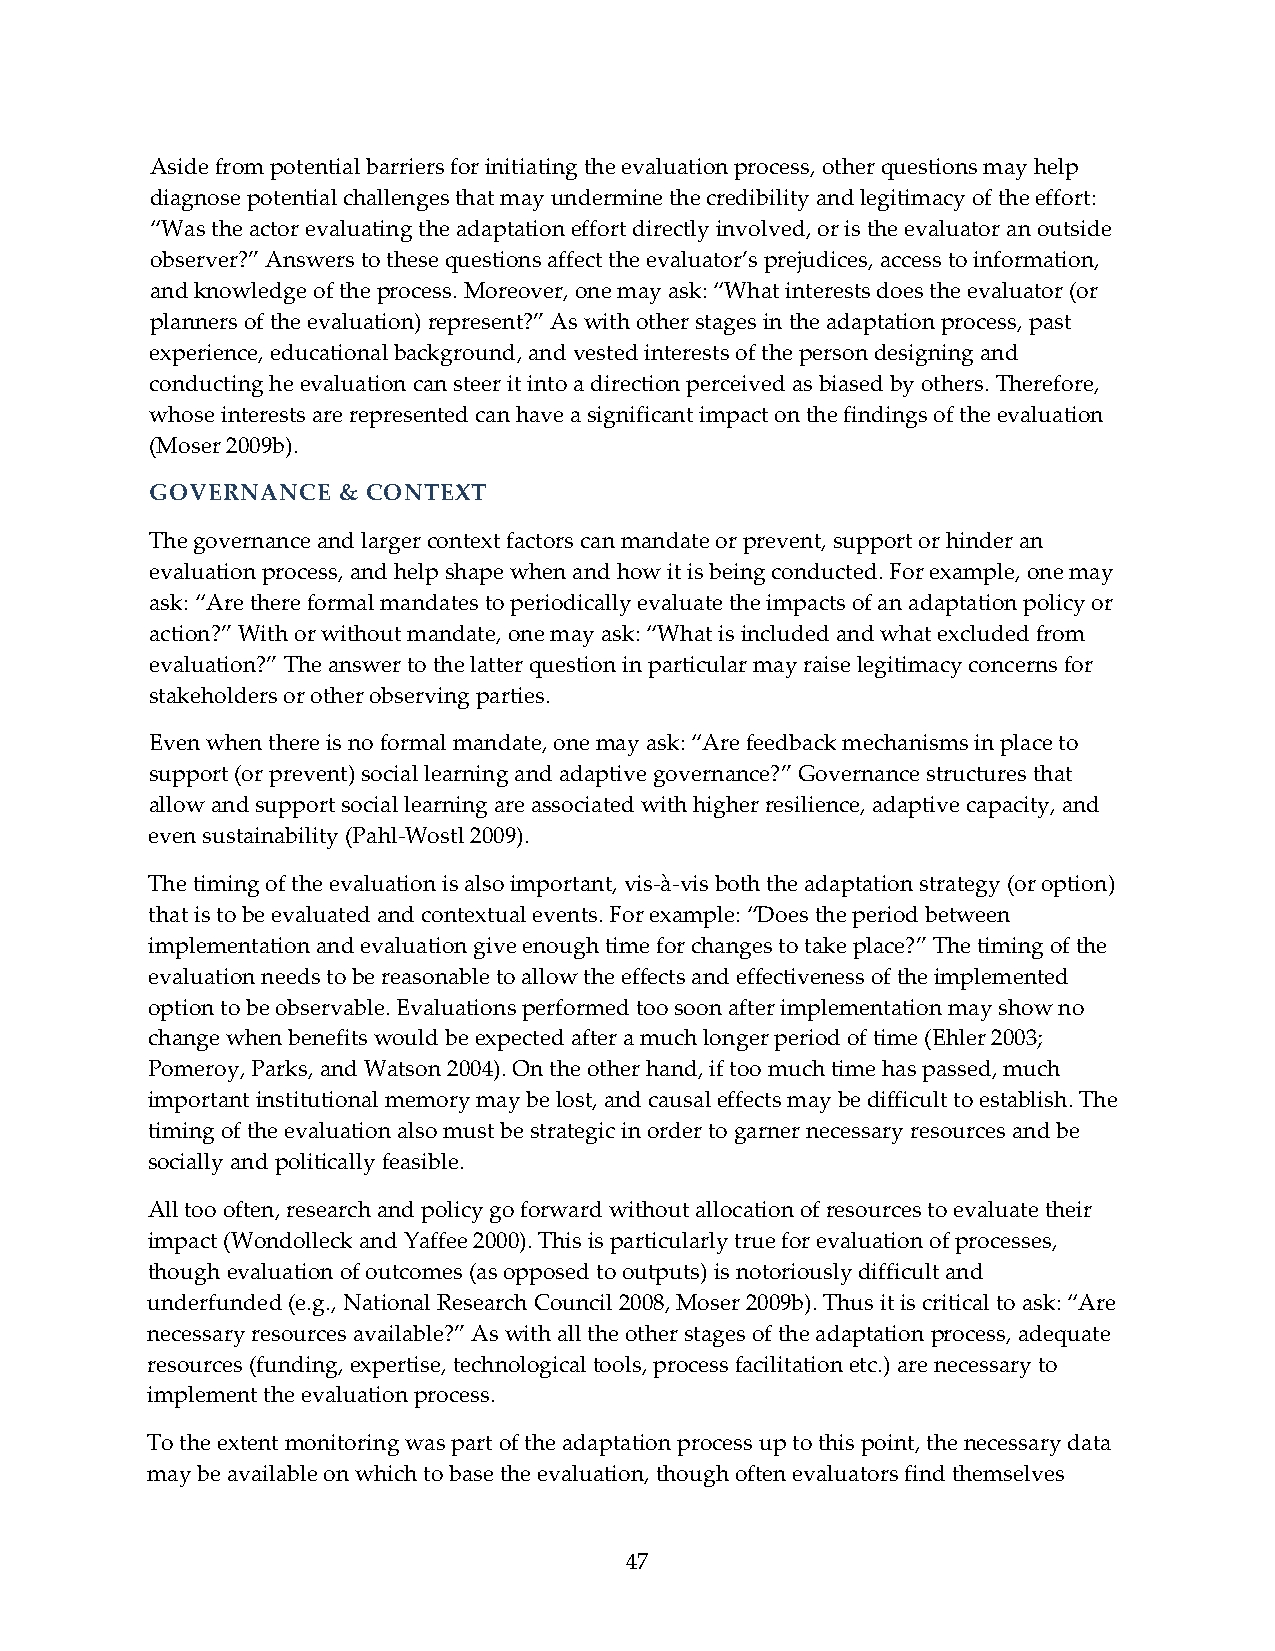
Aside from potential barriers for initiating the evaluation process, other questions may help
 diagnose potential challenges that may undermine the credibility and legitimacy of the effort:
 “Was the actor evaluating the adaptation effort directly involved, or is the evaluator an outside
 observer?” Answers to these questions affect the evaluator’s prejudices, access to information,
 and knowledge of the process. Moreover, one may ask: “What interests does the evaluator (or
 planners of the evaluation) represent?” As with other stages in the adaptation process, past
 experience, educational background, and vested interests of the person designing and
 conducting he evaluation can steer it into a direction perceived as biased by others. Therefore,
 whose interests are represented can have a significant impact on the findings of the evaluation
 (Moser 2009b).
 GOVERNANCE  & CONTEXT
 The governance and larger context factors can mandate or prevent, support or hinder an
 evaluation process, and help shape when and how it is being conducted. For example, one may
 ask: “Are there formal mandates to periodically evaluate the impacts of an adaptation policy or
 action?” With or without mandate, one may ask: “What is included and what excluded from
 evaluation?” The answer to the latter question in particular may raise legitimacy concerns for
 stakeholders or other observing parties.
 Even when there is no formal mandate, one may ask: “Are feedback mechanisms in place to
 support (or prevent) social learning and adaptive governance?” Governance structures that
 allow and support social learning are associated with higher resilience, adaptive capacity, and
 even sustainability (Pahl‐Wostl 2009).
 The timing of the evaluation is also important, vis‐à‐vis both the adaptation strategy (or option)
 that is to be evaluated and contextual events. For example: “Does the period between
 implementation and evaluation give enough time for changes to take place?” The timing of the
 evaluation needs to be reasonable to allow the effects and effectiveness of the implemented
 option to be observable. Evaluations performed too soon after implementation may show no
 change when benefits would be expected after a much longer period of time (Ehler 2003;
 Pomeroy, Parks, and Watson 2004). On the other hand, if too much time has passed, much
 important institutional memory may be lost, and causal effects may be difficult to establish. The
 timing of the evaluation also must be strategic in order to garner necessary resources and be
 socially and politically feasible.
 All too often, research and policy go forward without allocation of resources to evaluate their
 impact (Wondolleck and Yaffee 2000). This is particularly true for evaluation of processes,
 though evaluation of outcomes (as opposed to outputs) is notoriously difficult and
 underfunded (e.g., National Research Council 2008, Moser 2009b). Thus it is critical to ask: “Are
 necessary resources available?” As with all the other stages of the adaptation process, adequate
 resources (funding, expertise, technological tools, process facilitation etc.) are necessary to
 implement the evaluation process.
 To the extent monitoring was part of the adaptation process up to this point, the necessary data
 may be available on which to base the evaluation, though often evaluators find themselves
 47